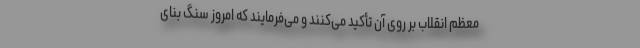
معظّم انقلاب بر روی آن تأکید می‌کنند و می‌فرمایند که امروز سنگ بنای